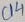
Text: C14